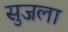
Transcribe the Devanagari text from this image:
सुजला